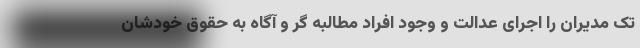
تک مدیران را اجرای عدالت و وجود افراد مطالبه گر و آگاه به حقوق خودشان